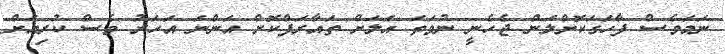
ނަމަވެސް ފާހަގަކޮށްލަން ޖެހެނީ ނުވަތަ އަލަށް ތައާރަފްކޮށް އަންނަ އަހަރު ވެސް ކުރިއަށް